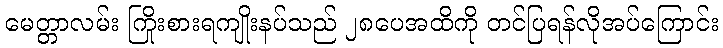
မေတ္တာလမ်း ကြိုးစားရကျိုးနပ်သည် ၂၈ပေအထိကို တင်ပြရန်လိုအပ်ကြောင်း